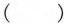
()